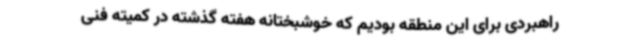
راهبردی برای این منطقه بودیم که خوشبختانه هفته گذشته در کمیته فنی